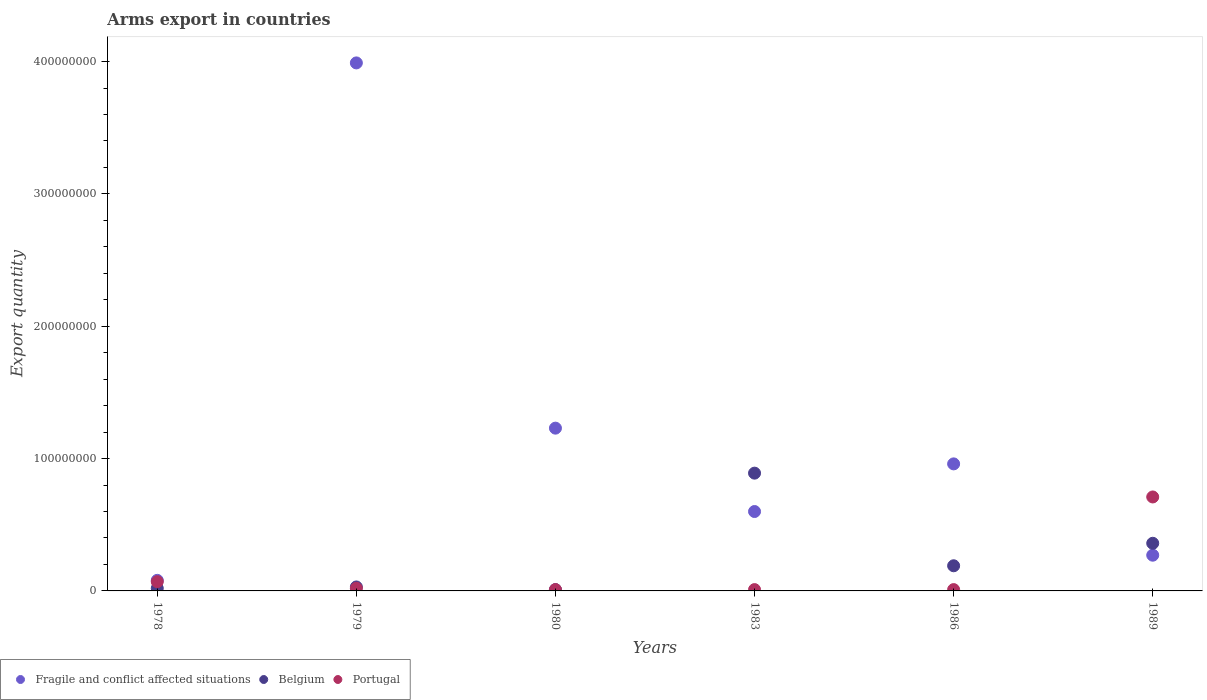
| Years | Fragile and conflict affected situations | Belgium | Portugal |
 | --- | --- | --- | --- |
 | 1978 | 8e+06 | 2e+06 | 7e+06 |
 | 1979 | 3.99e+08 | 3e+06 | 2e+06 |
 | 1980 | 1.23e+08 | 1e+06 | 1e+06 |
 | 1983 | 6e+07 | 8.9e+07 | 1e+06 |
 | 1986 | 9.6e+07 | 1.9e+07 | 1e+06 |
 | 1989 | 2.7e+07 | 3.6e+07 | 7.1e+07 |